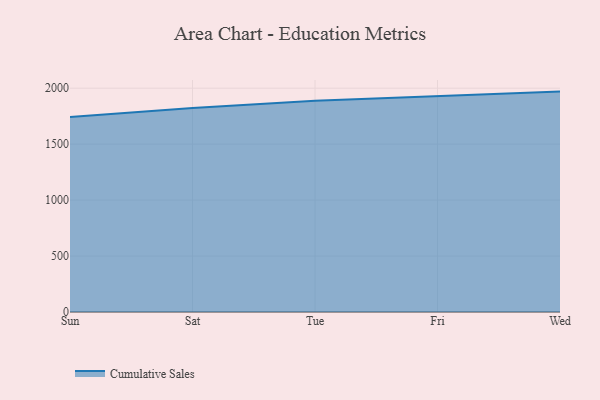
{"axis": {"x": "Day", "y": "Temperature (°C)"}, "legend": ["Cumulative Sales"], "data": [{"x": "Sun", "y": 1743.7, "type": "Cumulative Sales"}, {"x": "Sat", "y": 1823.0, "type": "Cumulative Sales"}, {"x": "Tue", "y": 1887.9, "type": "Cumulative Sales"}, {"x": "Fri", "y": 1930.0, "type": "Cumulative Sales"}, {"x": "Wed", "y": 1969.6, "type": "Cumulative Sales"}]}